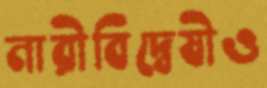
নারীবিদ্বেষীও